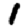
Digit: 1